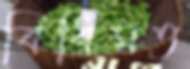
বিধিমত